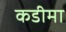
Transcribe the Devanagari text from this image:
कडीमा